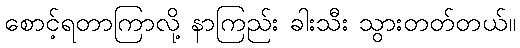
စောင့်ရတာကြာလို့ နာကြည်း ခါးသီး သွားတတ်တယ်။